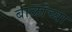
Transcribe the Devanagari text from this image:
बाळांच्या